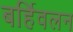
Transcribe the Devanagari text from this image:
बर्हिवलन